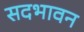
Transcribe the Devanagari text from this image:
सदभावन